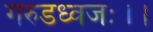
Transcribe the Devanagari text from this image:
गरुडध्वजः।।